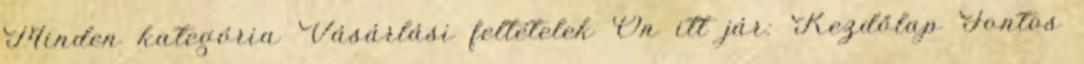
Minden kategória Vásárlási feltételek Ön itt jár: Kezdőlap Fontos